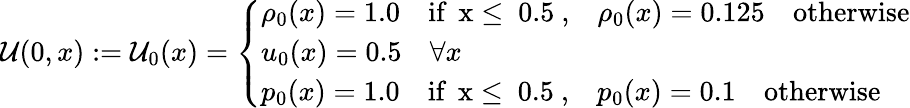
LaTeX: \mathcal{U}(0,x):=\mathcal{U}_{0}(x)=\left\{ \begin{array}{ll}{\rho_{0}(x)=1.0\quad\mathrm{if~\, x\leq~0.5~,}\quad\rho_{0}(x)=0.125\quad\mathrm{otherwise}}\\ {u_{0}(x)=0.5\quad\forall x}\\ {p_{0}(x)=1.0\quad\mathrm{if~\, x\leq~0.5~,}\quad p_{0}(x)=0.1\quad\mathrm{otherwise}}\end{array}\right.